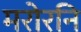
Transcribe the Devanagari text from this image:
मरोरनि